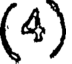
(4)